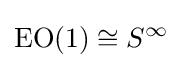
\operatorname {EO} (1)\cong S^{\infty }